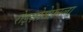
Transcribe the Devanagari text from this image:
रोइज़ोसेफ़ाला